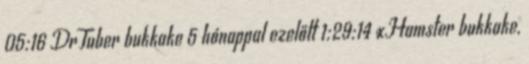
05:16 DrTuber bukkake 5 hónappal ezelőtt 1:29:14 xHamster bukkake,